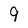
Character: 9